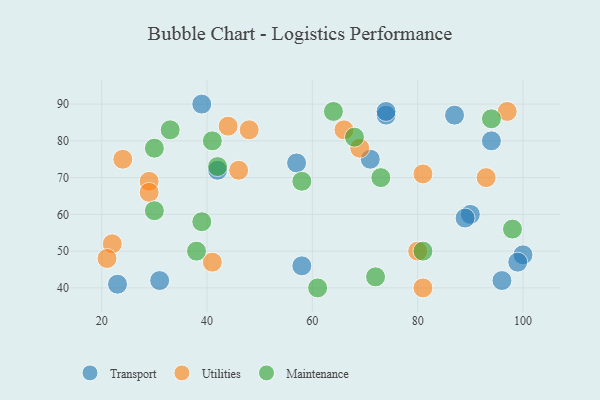
{"axis": {"x": "GDP", "y": "Life Expectancy"}, "legend": ["Maintenance", "Transport", "Utilities"], "data": [{"x": "87", "y": 87, "type": "Transport"}, {"x": "100", "y": 49, "type": "Transport"}, {"x": "74", "y": 87, "type": "Transport"}, {"x": "96", "y": 42, "type": "Transport"}, {"x": "58", "y": 46, "type": "Transport"}, {"x": "71", "y": 75, "type": "Transport"}, {"x": "90", "y": 60, "type": "Transport"}, {"x": "74", "y": 88, "type": "Transport"}, {"x": "94", "y": 80, "type": "Transport"}, {"x": "89", "y": 59, "type": "Transport"}, {"x": "31", "y": 42, "type": "Transport"}, {"x": "23", "y": 41, "type": "Transport"}, {"x": "42", "y": 72, "type": "Transport"}, {"x": "39", "y": 90, "type": "Transport"}, {"x": "57", "y": 74, "type": "Transport"}, {"x": "99", "y": 47, "type": "Transport"}, {"x": "29", "y": 69, "type": "Utilities"}, {"x": "66", "y": 83, "type": "Utilities"}, {"x": "44", "y": 84, "type": "Utilities"}, {"x": "97", "y": 88, "type": "Utilities"}, {"x": "69", "y": 78, "type": "Utilities"}, {"x": "24", "y": 75, "type": "Utilities"}, {"x": "29", "y": 66, "type": "Utilities"}, {"x": "22", "y": 52, "type": "Utilities"}, {"x": "81", "y": 71, "type": "Utilities"}, {"x": "80", "y": 50, "type": "Utilities"}, {"x": "81", "y": 40, "type": "Utilities"}, {"x": "48", "y": 83, "type": "Utilities"}, {"x": "21", "y": 48, "type": "Utilities"}, {"x": "41", "y": 47, "type": "Utilities"}, {"x": "46", "y": 72, "type": "Utilities"}, {"x": "93", "y": 70, "type": "Utilities"}, {"x": "98", "y": 56, "type": "Maintenance"}, {"x": "64", "y": 88, "type": "Maintenance"}, {"x": "81", "y": 50, "type": "Maintenance"}, {"x": "58", "y": 69, "type": "Maintenance"}, {"x": "68", "y": 81, "type": "Maintenance"}, {"x": "72", "y": 43, "type": "Maintenance"}, {"x": "94", "y": 86, "type": "Maintenance"}, {"x": "41", "y": 80, "type": "Maintenance"}, {"x": "38", "y": 50, "type": "Maintenance"}, {"x": "30", "y": 78, "type": "Maintenance"}, {"x": "73", "y": 70, "type": "Maintenance"}, {"x": "39", "y": 58, "type": "Maintenance"}, {"x": "33", "y": 83, "type": "Maintenance"}, {"x": "42", "y": 73, "type": "Maintenance"}, {"x": "30", "y": 61, "type": "Maintenance"}, {"x": "61", "y": 40, "type": "Maintenance"}]}